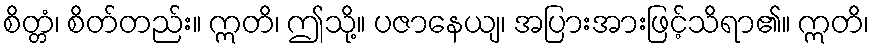
စိတ္တံ၊ စိတ်တည်း။ ဣတိ၊ ဤသို့။ ပဇာနေယျ၊ အပြားအားဖြင့်သိရာ၏။ ဣတိ၊